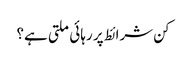
کن شرائط پر رہائی ملتی ہے؟